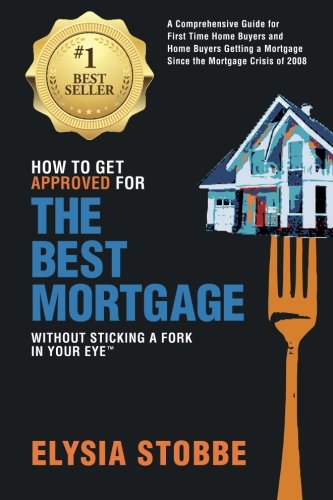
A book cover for How to Get Approved for the Best Mortgage Without Sticking a Fork in Your Eye: A Comprehensive Guide for First Time Home Buyers and Home Buyers ... Since the Mortgage Crisis of 2008 (Volume 1); Ms Elysia Stobbe; Business & Money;